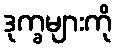
ဒုက္ခများကို